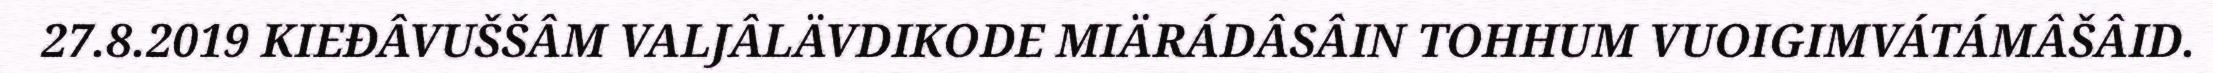
27.8.2019 KIEĐÂVUŠŠÂM VALJÂLÄVDIKODE MIÄRÁDÂSÂIN TOHHUM VUOIGIMVÁTÁMÂŠÂID.